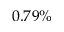
0 . 7 9 \%